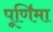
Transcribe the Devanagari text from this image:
पूणि॔मा